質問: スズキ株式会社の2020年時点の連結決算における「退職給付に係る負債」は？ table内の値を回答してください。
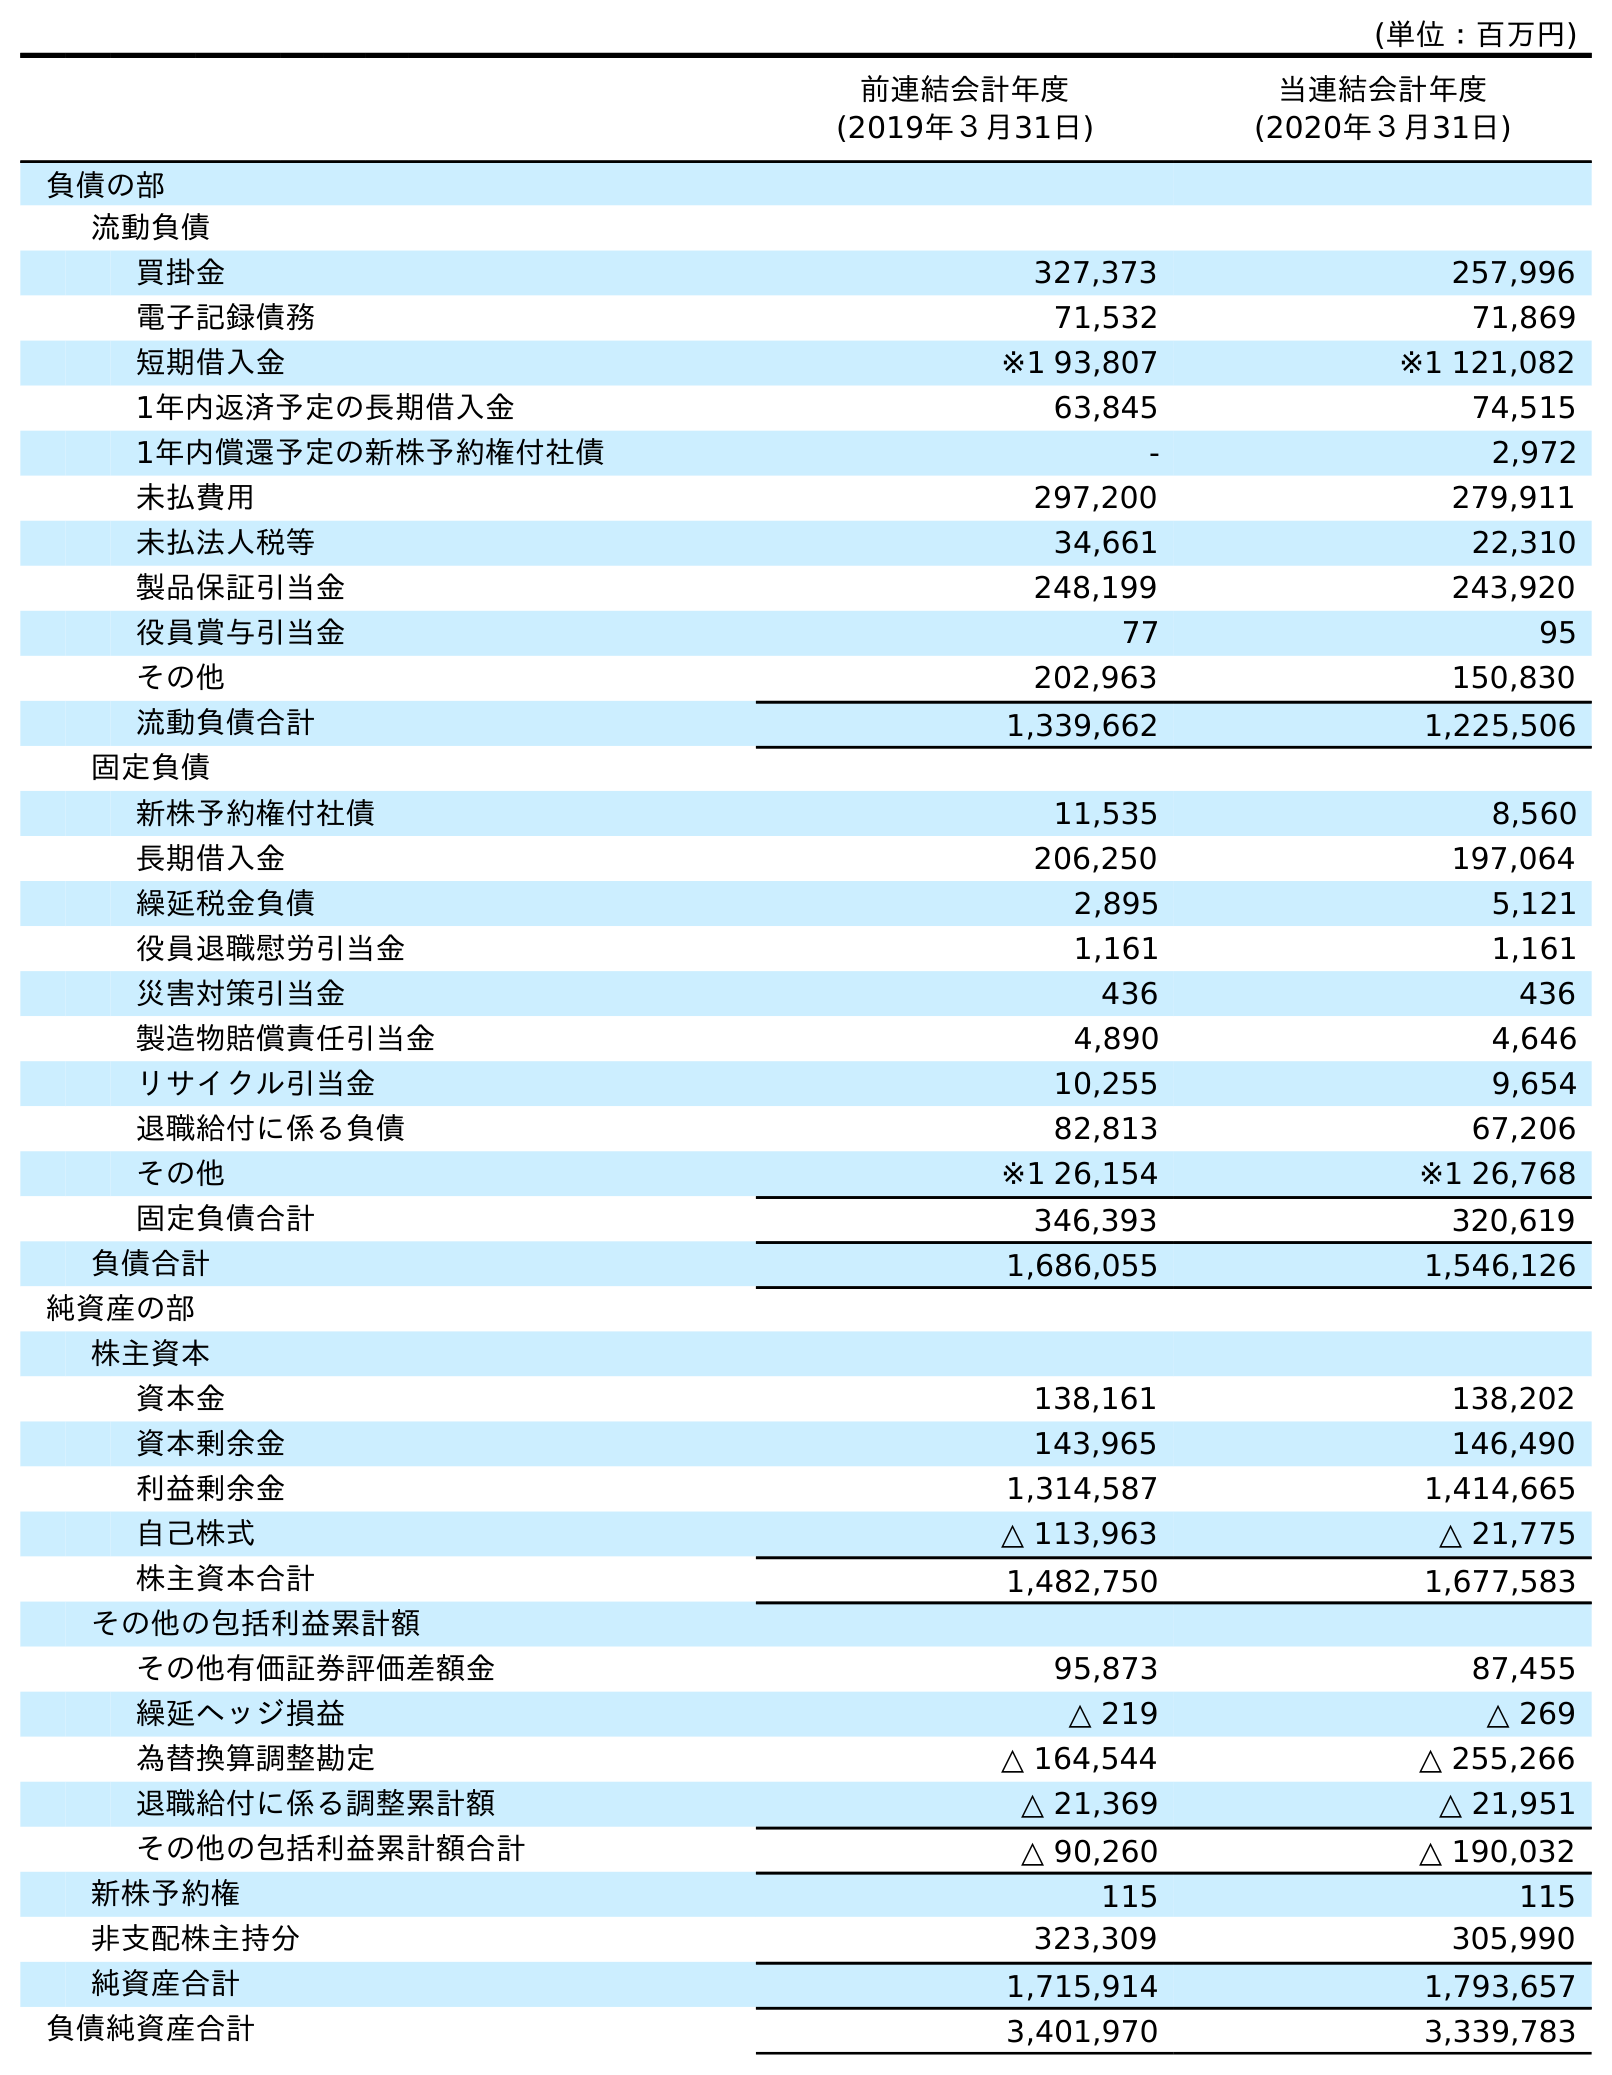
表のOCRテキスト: (単位：百万円) 前連結会計年度 (2019年３月31日) 当連結会計年度 (2020年３月31日) 負債の部 流動負債 買掛金 327,373 257,996 電子記録債務 71,532 71,869 短期借入金 ※1 93,807 ※1 121,082 1年内返済予定の長期借入金 63,845 74,515 1年内償還予定の新株予約権付社債 - 2,972 未払費用 297,200 279,911 未払法人税等 34,661 22,310 製品保証引当金 248,199 243,920 役員賞与引当金 77 95 その他 202,963 150,830 流動負債合計 1,339,662 1,225,506 固定負債 新株予約権付社債 11,535 8,560 長期借入金 206,250 197,064 繰延税金負債 2,895 5,121 役員退職慰労引当金 1,161 1,161 災害対策引当金 436 436 製造物賠償責任引当金 4,890 4,646 リサイクル引当金 10,255 9,654 退職給付に係る負債 82,813 67,206 その他 ※1 26,154 ※1 26,768 固定負債合計 346,393 320,619 負債合計 1,686,055 1,546,126 純資産の部 株主資本 資本金 138,161 138,202 資本剰余金 143,965 146,490 利益剰余金 1,314,587 1,414,665 自己株式 △ 113,963 △ 21,775 株主資本合計 1,482,750 1,677,583 その他の包括利益累計額 その他有価証券評価差額金 95,873 87,455 繰延ヘッジ損益 △ 219 △ 269 為替換算調整勘定 △ 164,544 △ 255,266 退職給付に係る調整累計額 △ 21,369 △ 21,951 その他の包括利益累計額合計 △ 90,260 △ 190,032 新株予約権 115 115 非支配株主持分 323,309 305,990 純資産合計 1,715,914 1,793,657 負債純資産合計 3,401,970 3,339,783
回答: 67,206